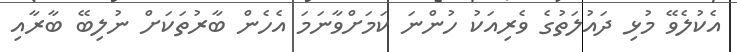
އެކުލެވޭ މުޅި ދައުލަތުގެ ވެރިއަކު ހުންނަ ކަމަށްވާނަމަ އެހެން ބާރުތަކަށް ނުލިބޭ ބާރާއި